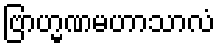
ဗြာဟ္မဏမဟာသာလံ